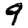
Digit: 9